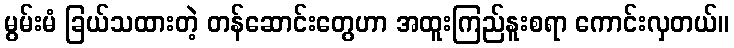
မွမ်းမံ ခြယ်သထားတဲ့ တန်ဆောင်းတွေဟာ အထူးကြည်နူးစရာ ကောင်းလှတယ်။